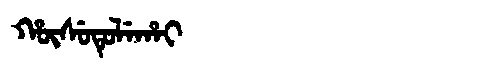
Manchu: ᡥᡡᠰᡠᡨᡠᠯᡝᡥᠠᡳ
Romanization: HŪSUTULEHAI